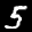
Label: 5